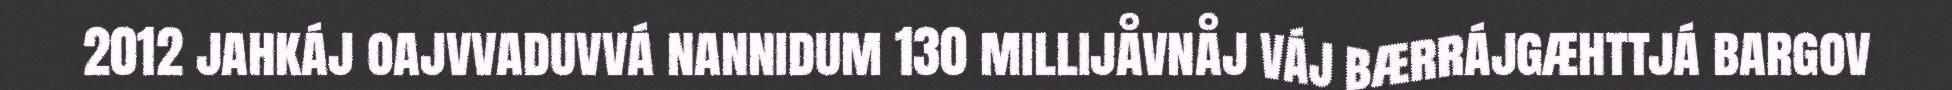
2012 jahkáj oajvvaduvvá nannidum 130 millijåvnåj váj bærrájgæhttjá bargov